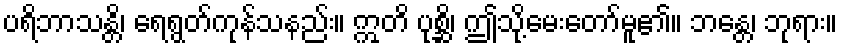
ပရိဘာသန္တိ၊ ရေရွတ်ကုန်သနည်း။ ဣတိ ပုစ္ဆိ၊ ဤသို့မေးတော်မူ၏။ ဘန္တေ၊ ဘုရား။